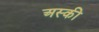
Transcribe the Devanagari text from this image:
अस्की